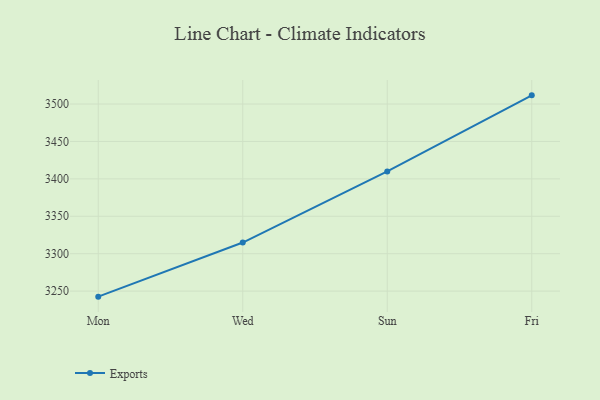
{"axis": {"x": "Day", "y": "Headcount"}, "legend": ["Exports"], "data": [{"x": "Mon", "y": 3242.6, "type": "Exports"}, {"x": "Wed", "y": 3314.9, "type": "Exports"}, {"x": "Sun", "y": 3410.0, "type": "Exports"}, {"x": "Fri", "y": 3511.6, "type": "Exports"}]}